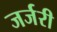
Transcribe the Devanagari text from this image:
जर्जरी